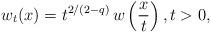
LaTeX: \begin{align*}w_t(x)=t^{2/(2-q)}\, w\left(\frac{x}{t}\right),t>0,\end{align*}